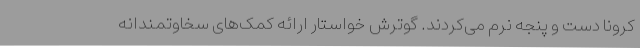
کرونا دست و پنجه نرم می‌کردند. گوترش خواستار ارائه کمک‌های سخاوتمندانه